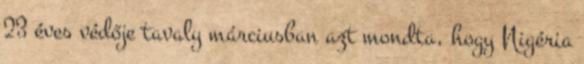
23 éves védője tavaly márciusban azt mondta, hogy Nigéria